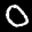
Label: 0